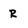
Character: R